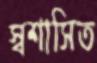
স্বশাসিত